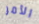
الأمر